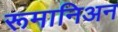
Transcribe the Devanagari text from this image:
रूमानिअन